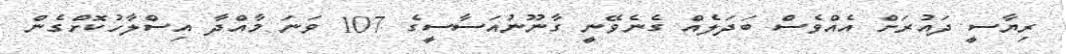
ރިޔާސީ ދައުރަށް އެއްވެސް ބަދަލެއް ގެނެވޭނީ ގާނޫނުއަސާސީގެ 107 ވަނަ މާއްދާ އިސްލާހުކޮށްގެން